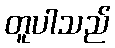
တူပါသည်